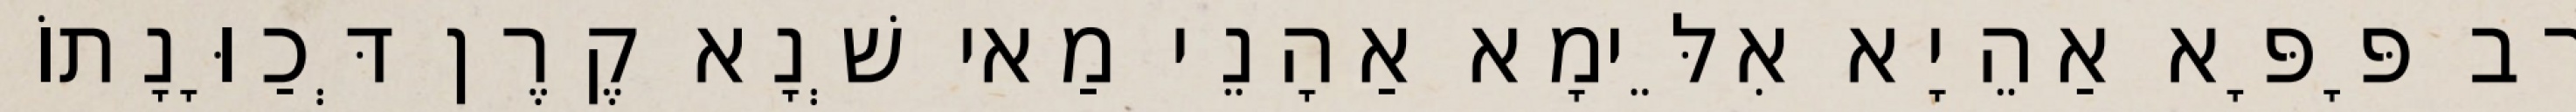
רַב פָּפָּא אַהֵיָא אִלֵּימָא אַהָנֵי מַאי שְׁנָא קֶרֶן דְּכַוָּנָתוֹ